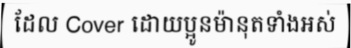
ដែល Cover ដោយប្អូនម៉ានុតទាំងអស់